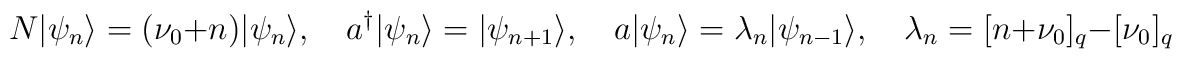
N|\psi_{n} \rangle =(\nu_0 + n)|\psi_{n}\rangle, \quad    a^{\dagger}|\psi_n \rangle =|\psi_{n+1}\rangle,   \quad  a |\psi_{n}\rangle =\lambda_{n} |\psi_{n-1}\rangle,   \quad \lambda_{n} =  [n+\nu_0]_q - [\nu_0]_q